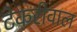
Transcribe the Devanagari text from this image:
टेकरीवाल